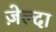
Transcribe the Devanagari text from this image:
ज़ेल्दा